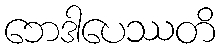
ဘေဒါပေဿတိ